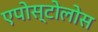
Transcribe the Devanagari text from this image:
एपोस्टोलोस